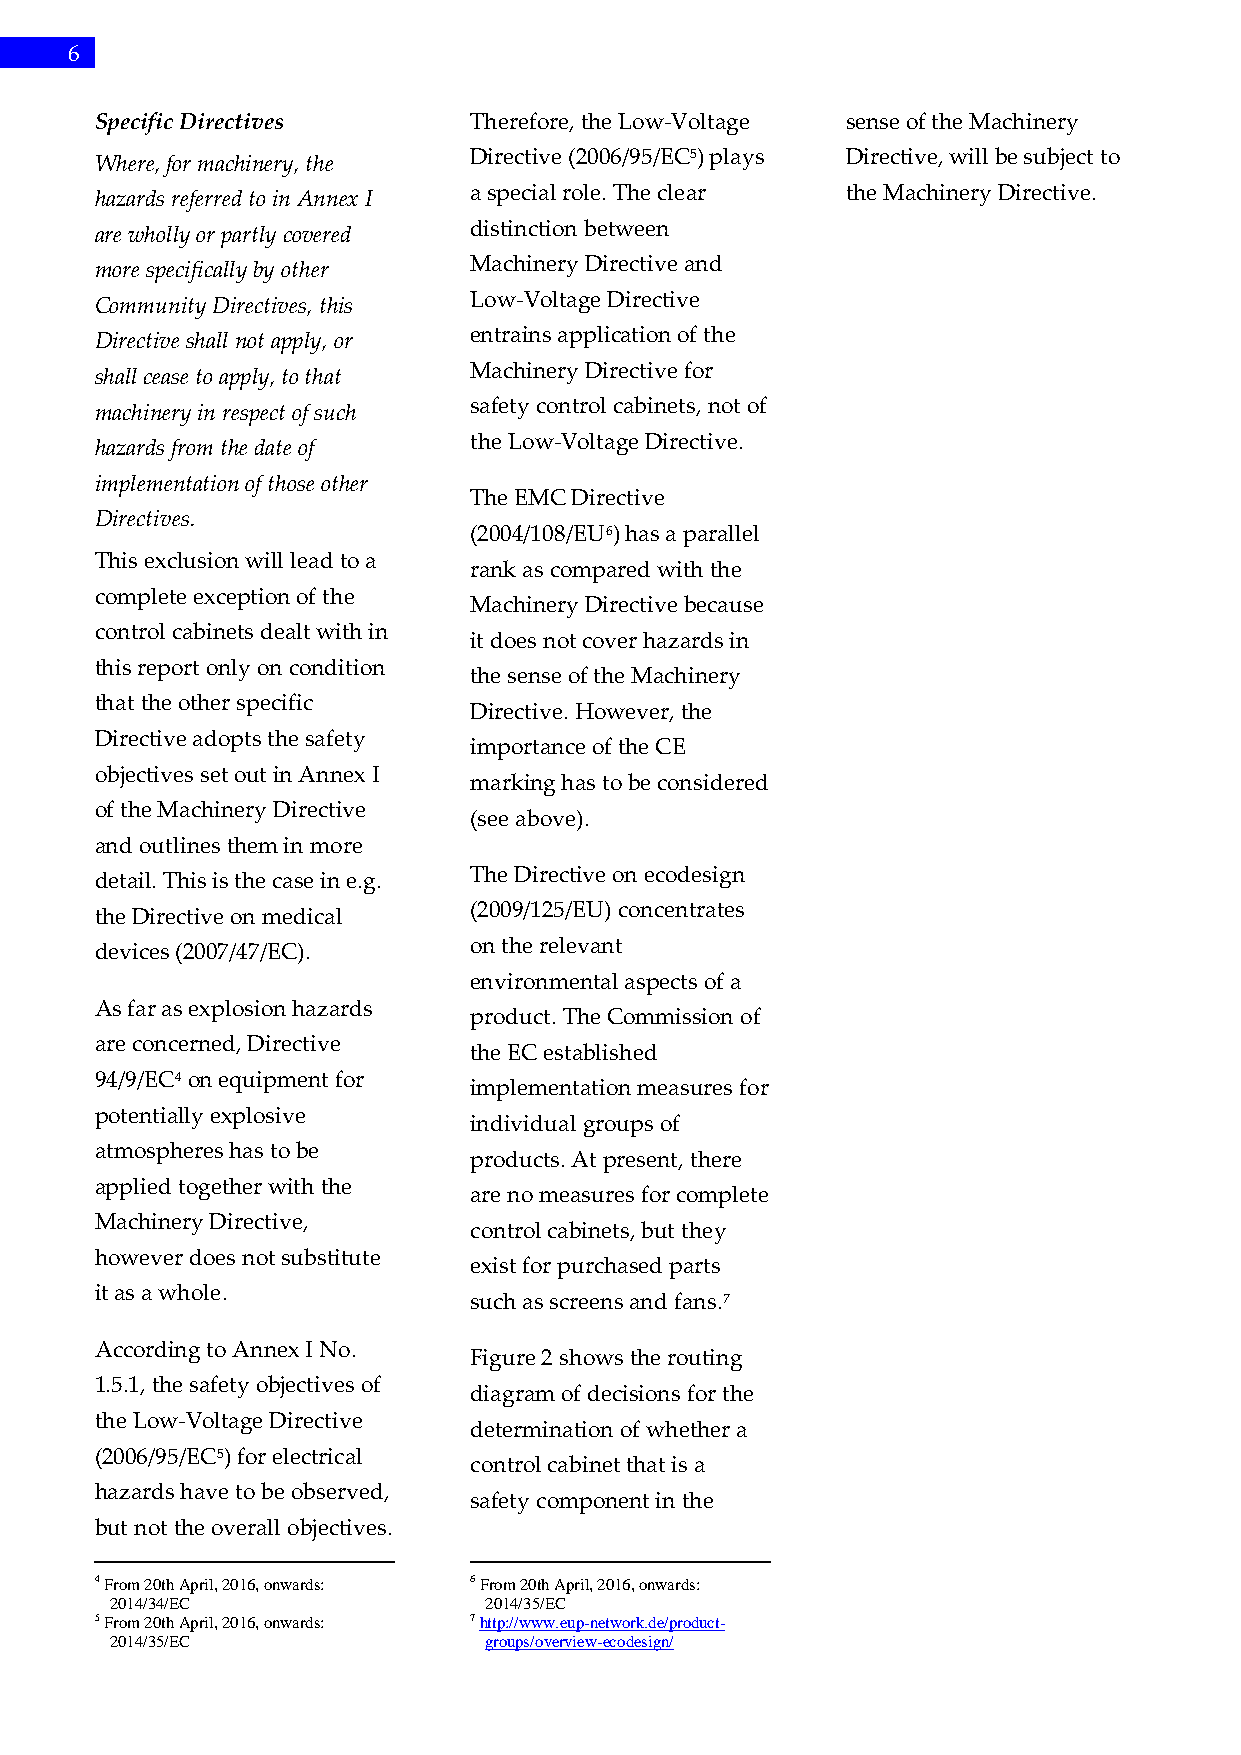
6
 Specific Directives      Therefore, the Low-Voltage sense of the Machinery
 Where, for machinery, the Directive (2006/95/EC5) plays Directive, will be subject to
 hazards referred to in Annex I a special role. The clear the Machinery Directive.
 are wholly or partly covered distinction between
 more specifically by other Machinery Directive and
 Community Directives, this Low-Voltage Directive
 Directive shall not apply, or entrains application of the
 shall cease to apply, to that Machinery Directive for
 machinery in respect of such safety control cabinets, not of
 hazards from the date of the Low-Voltage Directive.
 implementation of those other
 The EMC Directive
 Directives.
 (2004/108/EU6) has a parallel
 This exclusion will lead to a
 rank as compared with the
 complete exception of the
 Machinery Directive because
 control cabinets dealt with in
 it does not cover hazards in
 this report only on condition
 the sense of the Machinery
 that the other specific
 Directive. However, the
 Directive adopts the safety
 importance of the CE
 objectives set out in Annex I
 marking has to be considered
 of the Machinery Directive
 (see above).
 and outlines them in more
 The Directive on ecodesign
 detail. This is the case in e.g.
 (2009/125/EU) concentrates
 the Directive on medical
 devices (2007/47/EC).    on the relevant
 environmental aspects of a
 As far as explosion hazards
 product. The Commission of
 are concerned, Directive
 the EC established
 94/9/EC4 on equipment for
 implementation measures for
 potentially explosive
 individual groups of
 atmospheres has to be
 products. At present, there
 applied together with the
 are no measures for complete
 Machinery Directive,
 control cabinets, but they
 however does not substitute
 exist for purchased parts
 it as a whole.
 such as screens and fans.7
 According to Annex I No.
 Figure 2 shows the routing
 1.5.1, the safety objectives of
 diagram of decisions for the
 the Low-Voltage Directive
 determination of whether a
 (2006/95/EC5) for electrical
 control cabinet that is a
 hazards have to be observed,
 safety component in the
 but not the overall objectives.
 4 From 20th April, 2016, onwards: 6 From 20th April, 2016, onwards:
 2014/34/EC               2014/35/EC
 5 From 20th April, 2016, onwards: 7 http://www.eup-network.de/product-
 2014/35/EC               groups/overview-ecodesign/